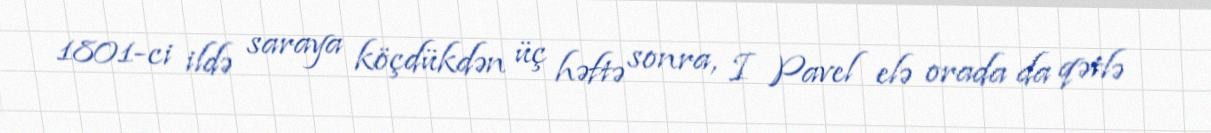
1801-ci ildə saraya köçdükdən üç həftə sonra, I Pavel elə orada da qətlə